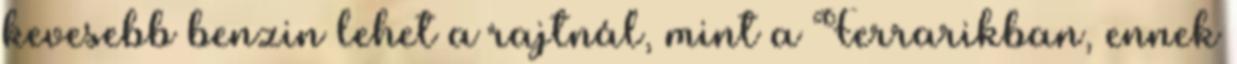
kevesebb benzin lehet a rajtnál, mint a Ferrarikban, ennek